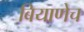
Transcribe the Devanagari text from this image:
बियाणेच